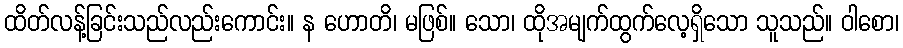
ထိတ်လန့်ခြင်းသည်လည်းကောင်း။ န ဟောတိ၊ မဖြစ်။ သော၊ ထိုအမျက်ထွက်လေ့ရှိသော သူသည်။ ဝါစော၊